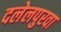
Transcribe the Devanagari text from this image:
दलेलपुरवा